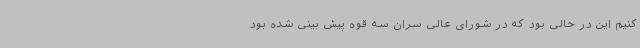
کنیم این در حالی بود که در شورای عالی سران سه قوه پیش بینی شده بود